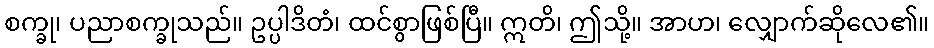
စက္ခု၊ ပညာစက္ခုသည်။ ဥပ္ပါဒိတံ၊ ထင်စွာဖြစ်ပြီ။ ဣတိ၊ ဤသို့။ အာဟ၊ လျှောက်ဆိုလေ၏။